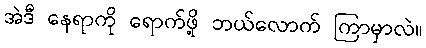
အဲဒီ နေရာကို ရောက်ဖို့ ဘယ်လောက် ကြာမှာလဲ။